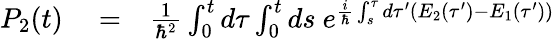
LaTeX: \begin{array}{rlr}{P_{2}(t)}&{{}=}&{\frac{1}{\hbar^{2}}\int_{0}^{t}d\tau\int_{0}^{t}ds\ e^{\frac{i}{\hbar}\int_{s}^{\tau}d\tau^{\prime}(E_{2}(\tau^{\prime})-E_{1}(\tau^{\prime}))}}\end{array}